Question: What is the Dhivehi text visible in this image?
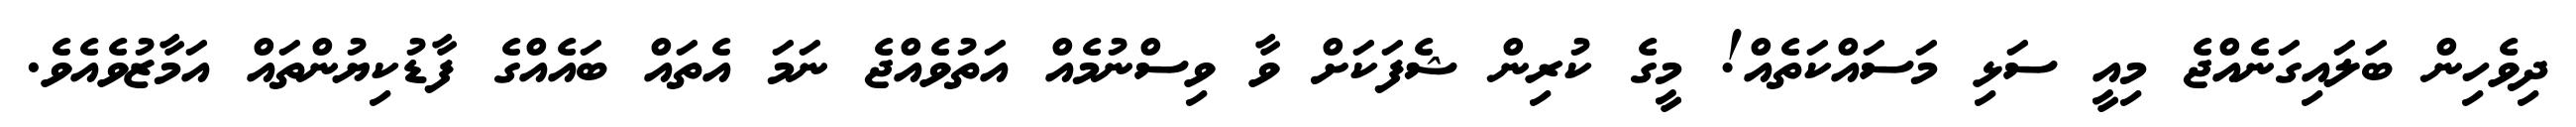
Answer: ދިވެހިން ބަލައިގަނެއްޖެ މިއީ ސަޅި މަސައްކަތެއް! މީގެ ކުރިން ޝެފަކަށް ވާ ވިސްނުމެއް އަތުވެއްޖެ ނަމަ އެތައް ބައެއްގެ ފާޑުކިޔުންތައް އަމާޒުވެއެވެ.